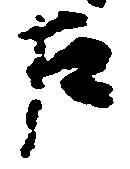
左